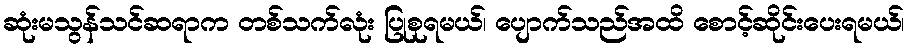
ဆုံးမသွန်သင်ဆရာက တစ်သက်လုံး ပြုစုရမယ်၊ ပျောက်သည်အထိ စောင့်ဆိုင်းပေးရမယ်၊